Suure-Kopu_vallavalitsus, lk 81
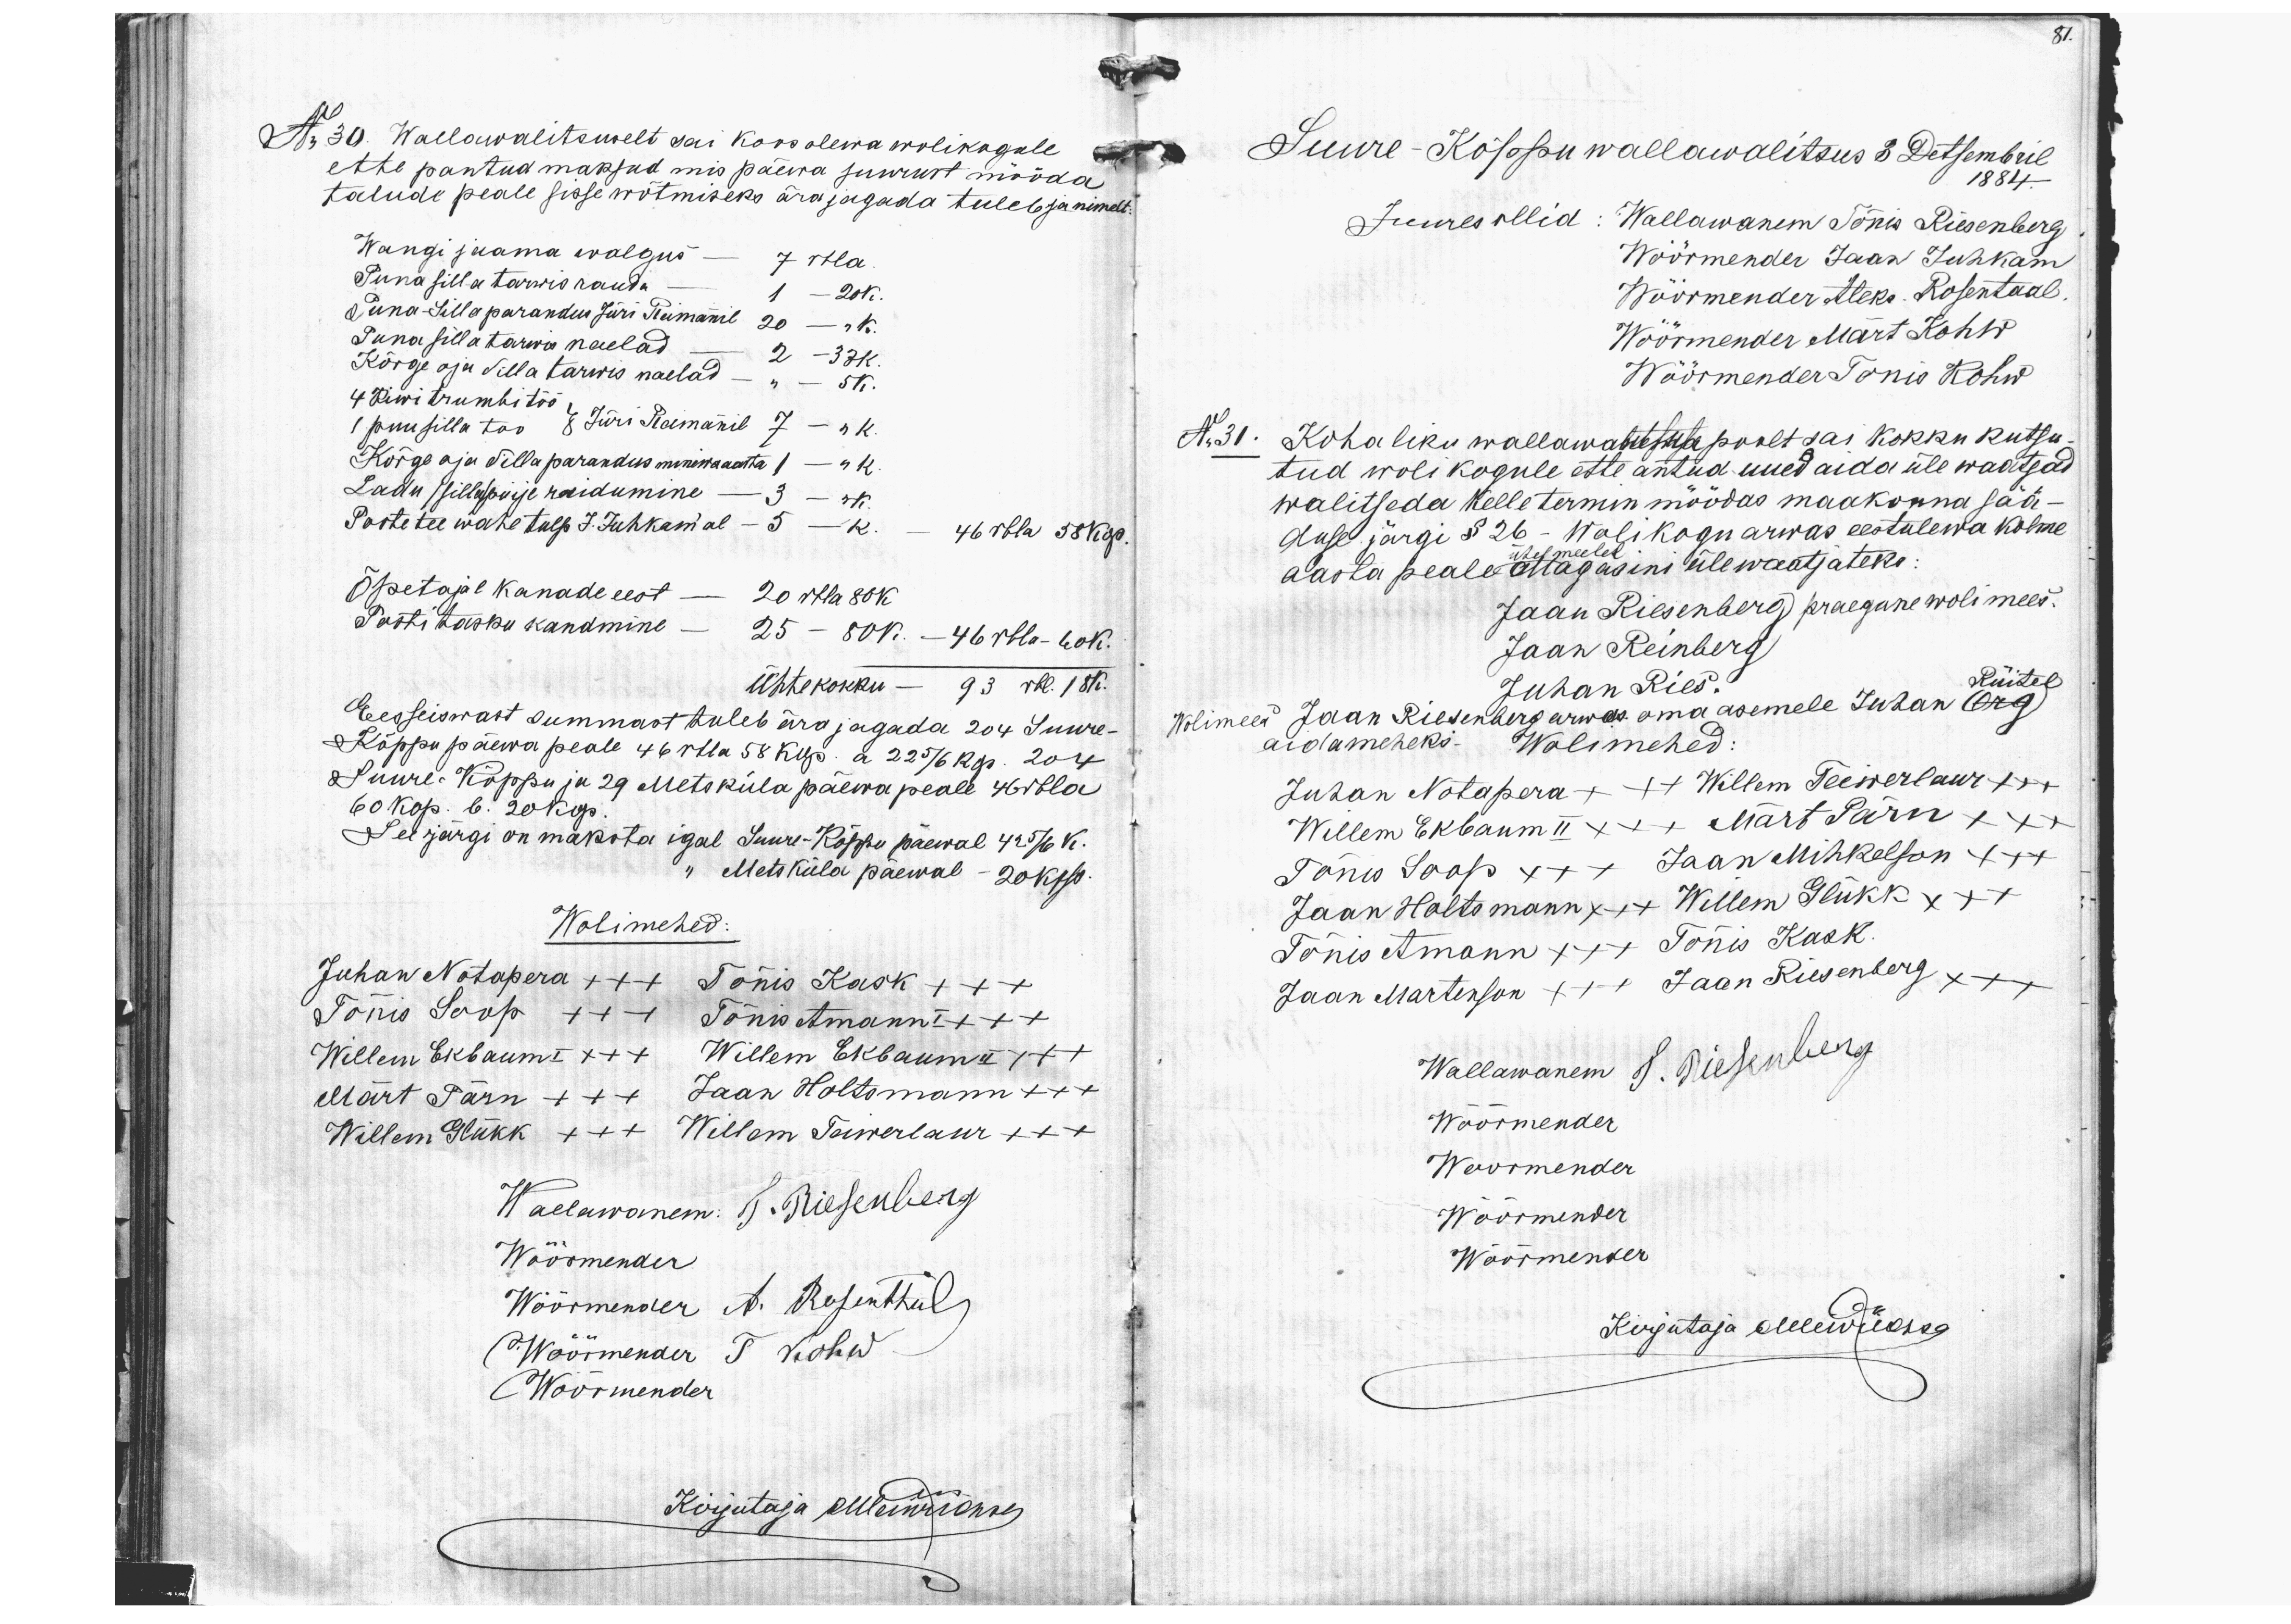
No 30. Wallawalitsuselt sai koosolewa wolikogule
ette pantud maksud mis päewa suurust mööda
talude peale sisse wõtmiseks ära jagada tuleb ja nimelt:
Wangi jaama walgus - 7 rbla
Puna silla tarwis rauda 1 - 20 K.
Puna Silla parandus Jüri Reimannil 20 - "K.
Puna silla tarwis naelad - 2 - 33 K.
Kõrge oja silla tarwis naelad - " - 5 K.
4 Kiwi trumbitöö,
1 puusilla too 8 Jüri Reimanil 7 - "K.
Kõrge oja silla parandus minewaasta 1 - "K.
Ladu (silla) puije raidumine - 3 - "K
Postitee wahe tulp J. Juhkam'al - 5 - K. -  46 rbla 58 Kop.
Õpetajal kanade eest - 20 rbla 80K
Postitasku kandmine 25 - 80K. - 46 rbla - 60 K.
Ühtekokku - 93 rbl. 18K.
Eesseiswast summast tuleb ära jagada 204 Suure-
Kõppu päewa peale 46 rbla 58 kop. a 22 5/6 kop. 204
Suure-Kõppu ja 29 Metsküla päewa peale 46 rbla
60 kop. 6. 20 Kop.
See järgi on maksta igal Suure-Kõppu päewal 42 5/6 K.
Metsküla päewal - 20 kop.
Wolimehed:
Juhan Notapera +++ Tõnis Kask +++
Tõnis Soop +++ Tõnis Amann x++
Willem Ekbaum I x++ Willem Ekbaum II x++
Märt Pärn +++ Jaan Holtsmann x++
Willem Glükk x++ Willem Teiwerlaur xxx
Wallawanem  J. Riesenberg
Wöörmender
Wöörmender A. Rosenthal
Wöörmender T. Kohw
Wöörmender
Kirjutaja Ollewõrohres

aidameheks. Wolimehed:
81.
Suure-Kõppu wallawalitsus 3 Detsembril
1884.
Juures ollid: Wallawanem Tõnis Riesenberg
Wöörmender Jaan Juhkam
Wöörmender Aleks Rosentaal
Wöörmender Märt Kohw
Wöörmender Tõnis Kohw
No 31. Kohaliku wallawalitsuse poolt sai kokku kutsu-
tud wolikogule ette antud uued aida üle waatsad
walitseda kelle termin möödas maakonna sää-
duse järgi §26 - Wolikogu arwas eestulewa kolme
ühel meelel
aasta peale magasini ülewaatjateks
Jaan Riesenberg praegune wolimees.
Jaan Reinberg
Juhan Ries.
Rüitel
Wolimees Jaan Riesenberg arwas oma asemele Juhan Org
Juhan Notapera +++ Willem Teiwerlaur x++
Willem Ekbaum II xxx Märt Pärn xxx
Tõnu Soop x++  Jaan Mihkelson x++
Jaan Holtsmann x++ Willem Glükk x++
Tõnis Amann x++ Tõnis Kask.
Jaan Martinson x++ Jaan Riesenberg x++
Wallawanem T. Riesenberg
Wöörmender
Wöörmender
Wöörmender
Wöörmender
Kirjutaja Melewrikson